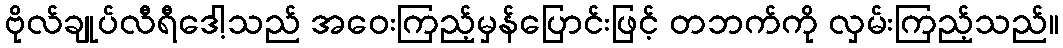
ဗိုလ်ချုပ်လီရီဒေါ့သည် အဝေးကြည့်မှန်ပြောင်းဖြင့် တဘက်ကို လှမ်းကြည့်သည်။